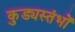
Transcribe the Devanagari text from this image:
कुड्यस्तंभों